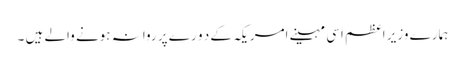
ہمارے وزیر اعظم اسی مہینے امریکہ کے د و ر ے پر روانہ ہونے والے ہیں ۔